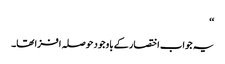
‘‘
یہ جواب اختصار کے باوجود حوصلہ افزا تھا۔